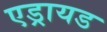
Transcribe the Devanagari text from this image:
एड्रायड